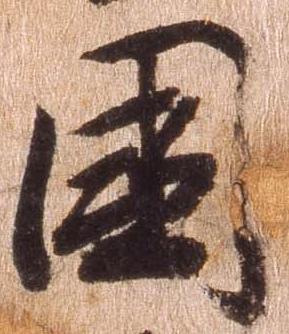
国